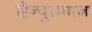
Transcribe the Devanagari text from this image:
हिन्दुसमाज